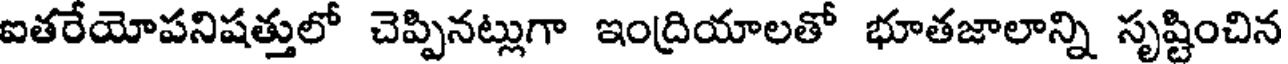
ఐతరేయోపనిషత్తులో చెప్పినట్లుగా ఇంద్రియాలతో భూతజాలాన్ని సృష్టించిన